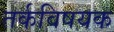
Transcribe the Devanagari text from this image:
तर्कविषयक